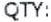
QTY: